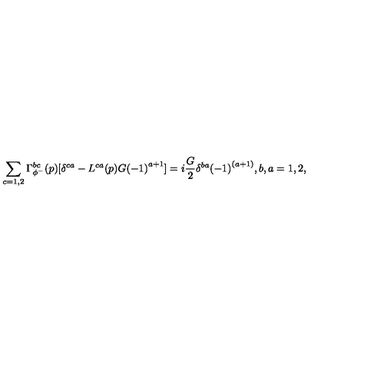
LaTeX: \sum _ { c = 1 , 2 } \Gamma _ { \phi ^ { - } } ^ { b c } ( p ) [ \delta ^ { c a } - L ^ { c a } ( p ) G { ( - 1 ) } ^ { a + 1 } ] = i \frac { G } { 2 } \delta ^ { b a } { ( - 1 ) } ^ { ( a + 1 ) } , b , a = 1 , 2 ,